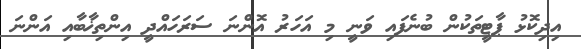
އިދިކޮޅު ޕާޓީތަކުން ބުނެފައި ވަނީ މި އަހަރު އޮންނަ ސަރަހައްދީ އިންތިޚާބާއި އަންނަ